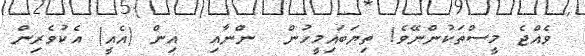
ވެއްޖެ މީސްތަކުންނޭވެ! ތިޔަބައިމީހުން  ންނާއި  އިން (އެއީ) އެކުވެރިން